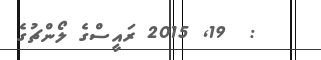
:  19